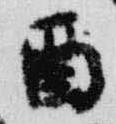
酉